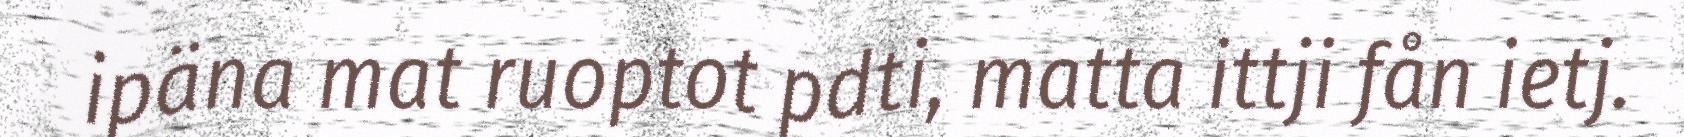
ipäna mat ruoptot pdti, matta ittji fån ietj.